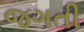
જગતી